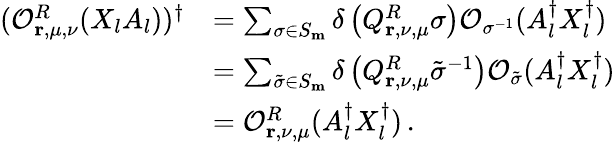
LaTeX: \begin{array}{rl}{(\mathcal{O}_{\mathbf{r},\mu,\nu}^{R}(X_{l}A_{l}))^{\dagger}}&{=\sum_{\sigma\in S_{\mathbf{m}}}\delta\left(Q_{\mathbf{r},\nu,\mu}^{R}\sigma\right)\mathcal{O}_{\sigma^{-1}}(A_{l}^{\dagger}X_{l}^{\dagger})}\\ &{=\sum_{\tilde{\sigma}\in S_{\mathbf{m}}}\delta\left(Q_{\mathbf{r},\nu,\mu}^{R}\tilde{\sigma}^{-1}\right)\mathcal{O}_{\tilde{\sigma}}(A_{l}^{\dagger}X_{l}^{\dagger})}\\ &{=\mathcal{O}_{\mathbf{r},\nu,\mu}^{R}(A_{l}^{\dagger}X_{l}^{\dagger})\, .}\end{array}